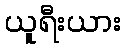
ယူရီးယား